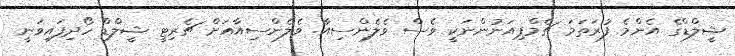
ޝީލްޑްގެ އެންމެ ފުރަތަމަ ޗެމްޕިއަނުންނަކީ ވެސް ވެލެންސިއާ. ވެލެންސިއާއަށް ޗެރިޓީ ޝީލްޑް ހޯދިފައިވަނީ